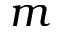
m